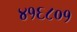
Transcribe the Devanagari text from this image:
४१६८०१